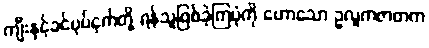
ကျီးနှင့်ခင်ပုပ်ငှက်တို့ ရန်သူဖြစ်ခဲ့ကြပုံကို ဟောသော ဥလူကဇာတက